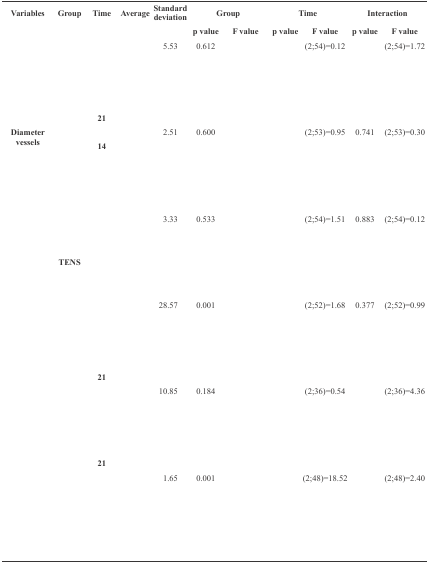
<table><thead><tr><td><b>Variables</b></td><td><b>Group</b></td><td><b>Time</b></td><td><b>Average</b></td><td><b>Standard deviation</b></td><td colspan="2"><b>Group</b></td><td colspan="2"><b>Time</b></td><td colspan="2"><b>Interaction</b></td></tr><tr><td colspan="5">[EMPTY_CELL]</td><td><b>p value</b></td><td><b>F value</b></td><td><b>p value</b></td><td><b>F value</b></td><td><b>p value</b></td><td><b>F value</b></td></tr></thead><tbody><tr><td rowspan="6">[EMPTY_CELL]</td><td rowspan="3">[EMPTY_CELL]</td><td>[EMPTY_CELL]</td><td>[EMPTY_CELL]</td><td> 5.53</td><td rowspan="6"> 0.612</td><td rowspan="6">[EMPTY_CELL]</td><td rowspan="6">[EMPTY_CELL]</td><td rowspan="6"> (2;54)=0.12</td><td rowspan="6">[EMPTY_CELL]</td><td rowspan="6"> (2;54)=1.72</td></tr><tr><td>[EMPTY_CELL]</td><td>[EMPTY_CELL]</td><td>[EMPTY_CELL]</td></tr><tr><td>[EMPTY_CELL]</td><td>[EMPTY_CELL]</td><td>[EMPTY_CELL]</td></tr><tr><td rowspan="3">[EMPTY_CELL]</td><td>[EMPTY_CELL]</td><td>[EMPTY_CELL]</td><td>[EMPTY_CELL]</td></tr><tr><td>[EMPTY_CELL]</td><td>[EMPTY_CELL]</td><td>[EMPTY_CELL]</td></tr><tr><td> 21</td><td>[EMPTY_CELL]</td><td>[EMPTY_CELL]</td></tr><tr><td rowspan="6"> Diameter vessels</td><td rowspan="3">[EMPTY_CELL]</td><td>[EMPTY_CELL]</td><td>[EMPTY_CELL]</td><td> 2.51</td><td rowspan="6"> 0.600</td><td rowspan="6">[EMPTY_CELL]</td><td rowspan="6">[EMPTY_CELL]</td><td rowspan="6"> (2;53)=0.95</td><td rowspan="6"> 0.741</td><td rowspan="6"> (2;53)=0.30</td></tr><tr><td> 14</td><td>[EMPTY_CELL]</td><td>[EMPTY_CELL]</td></tr><tr><td>[EMPTY_CELL]</td><td>[EMPTY_CELL]</td><td>[EMPTY_CELL]</td></tr><tr><td rowspan="3">[EMPTY_CELL]</td><td>[EMPTY_CELL]</td><td>[EMPTY_CELL]</td><td>[EMPTY_CELL]</td></tr><tr><td>[EMPTY_CELL]</td><td>[EMPTY_CELL]</td><td>[EMPTY_CELL]</td></tr><tr><td>[EMPTY_CELL]</td><td>[EMPTY_CELL]</td><td>[EMPTY_CELL]</td></tr><tr><td rowspan="6">[EMPTY_CELL]</td><td rowspan="3">[EMPTY_CELL]</td><td>[EMPTY_CELL]</td><td>[EMPTY_CELL]</td><td> 3.33</td><td rowspan="6"> 0.533</td><td rowspan="6">[EMPTY_CELL]</td><td rowspan="6">[EMPTY_CELL]</td><td rowspan="6"> (2;54)=1.51</td><td rowspan="6"> 0.883</td><td rowspan="6"> (2;54)=0.12</td></tr><tr><td>[EMPTY_CELL]</td><td>[EMPTY_CELL]</td><td>[EMPTY_CELL]</td></tr><tr><td>[EMPTY_CELL]</td><td>[EMPTY_CELL]</td><td>[EMPTY_CELL]</td></tr><tr><td rowspan="3"> TENS</td><td>[EMPTY_CELL]</td><td>[EMPTY_CELL]</td><td>[EMPTY_CELL]</td></tr><tr><td>[EMPTY_CELL]</td><td>[EMPTY_CELL]</td><td>[EMPTY_CELL]</td></tr><tr><td>[EMPTY_CELL]</td><td>[EMPTY_CELL]</td><td>[EMPTY_CELL]</td></tr><tr><td rowspan="6">[EMPTY_CELL]</td><td rowspan="3">[EMPTY_CELL]</td><td>[EMPTY_CELL]</td><td>[EMPTY_CELL]</td><td> 28.57</td><td rowspan="6"> 0.001</td><td rowspan="6">[EMPTY_CELL]</td><td rowspan="6">[EMPTY_CELL]</td><td rowspan="6"> (2;52)=1.68</td><td rowspan="6"> 0.377</td><td rowspan="6"> (2;52)=0.99</td></tr><tr><td>[EMPTY_CELL]</td><td>[EMPTY_CELL]</td><td>[EMPTY_CELL]</td></tr><tr><td>[EMPTY_CELL]</td><td>[EMPTY_CELL]</td><td>[EMPTY_CELL]</td></tr><tr><td rowspan="3">[EMPTY_CELL]</td><td>[EMPTY_CELL]</td><td>[EMPTY_CELL]</td><td>[EMPTY_CELL]</td></tr><tr><td>[EMPTY_CELL]</td><td>[EMPTY_CELL]</td><td>[EMPTY_CELL]</td></tr><tr><td> 21</td><td>[EMPTY_CELL]</td><td>[EMPTY_CELL]</td></tr><tr><td rowspan="6">[EMPTY_CELL]</td><td rowspan="3">[EMPTY_CELL]</td><td>[EMPTY_CELL]</td><td>[EMPTY_CELL]</td><td> 10.85</td><td rowspan="6"> 0.184</td><td rowspan="6">[EMPTY_CELL]</td><td rowspan="6">[EMPTY_CELL]</td><td rowspan="6"> (2;36)=0.54</td><td rowspan="6">[EMPTY_CELL]</td><td rowspan="6"> (2;36)=4.36</td></tr><tr><td>[EMPTY_CELL]</td><td>[EMPTY_CELL]</td><td>[EMPTY_CELL]</td></tr><tr><td>[EMPTY_CELL]</td><td>[EMPTY_CELL]</td><td>[EMPTY_CELL]</td></tr><tr><td rowspan="3">[EMPTY_CELL]</td><td>[EMPTY_CELL]</td><td>[EMPTY_CELL]</td><td>[EMPTY_CELL]</td></tr><tr><td>[EMPTY_CELL]</td><td>[EMPTY_CELL]</td><td>[EMPTY_CELL]</td></tr><tr><td> 21</td><td>[EMPTY_CELL]</td><td>[EMPTY_CELL]</td></tr><tr><td rowspan="6">[EMPTY_CELL]</td><td rowspan="3">[EMPTY_CELL]</td><td>[EMPTY_CELL]</td><td>[EMPTY_CELL]</td><td> 1.65</td><td rowspan="6"> 0.001</td><td rowspan="6">[EMPTY_CELL]</td><td rowspan="6">[EMPTY_CELL]</td><td rowspan="6"> (2;48)=18.52</td><td rowspan="6">[EMPTY_CELL]</td><td rowspan="6"> (2;48)=2.40</td></tr><tr><td>[EMPTY_CELL]</td><td>[EMPTY_CELL]</td><td>[EMPTY_CELL]</td></tr><tr><td>[EMPTY_CELL]</td><td>[EMPTY_CELL]</td><td>[EMPTY_CELL]</td></tr><tr><td rowspan="3">[EMPTY_CELL]</td><td>[EMPTY_CELL]</td><td>[EMPTY_CELL]</td><td>[EMPTY_CELL]</td></tr><tr><td>[EMPTY_CELL]</td><td>[EMPTY_CELL]</td><td>[EMPTY_CELL]</td></tr><tr><td>[EMPTY_CELL]</td><td>[EMPTY_CELL]</td><td>[EMPTY_CELL]</td></tr></tbody></table>